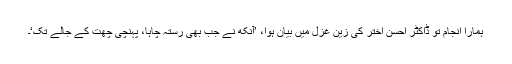
ہمارا انجام تو ڈاکٹر احسن اختر کی زین غزل میں بیان ہوا، ’آنکھ نے جب بھی رستہ چاہا، پہنچی چھت کے جالے تک‘۔